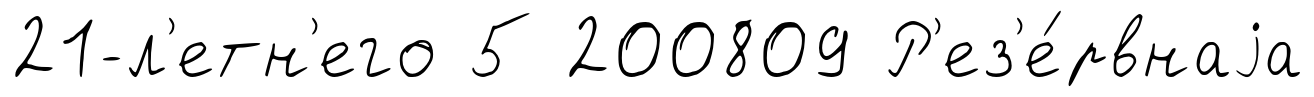
21-л'етн'его 5 200809 Р'ез'е́рвнаjа